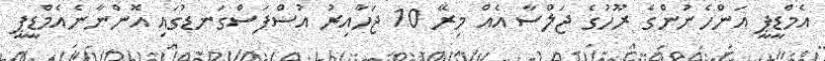
އެމްޑީޕީ އަންހެނުންގެ ރޫހުގެ ޖަލްސާ އެއް މިރޭ 10 ޖަހާއިރު އުސްފަސްގަނޑުގައި އޮންނާނެއެމްޑީޕީ